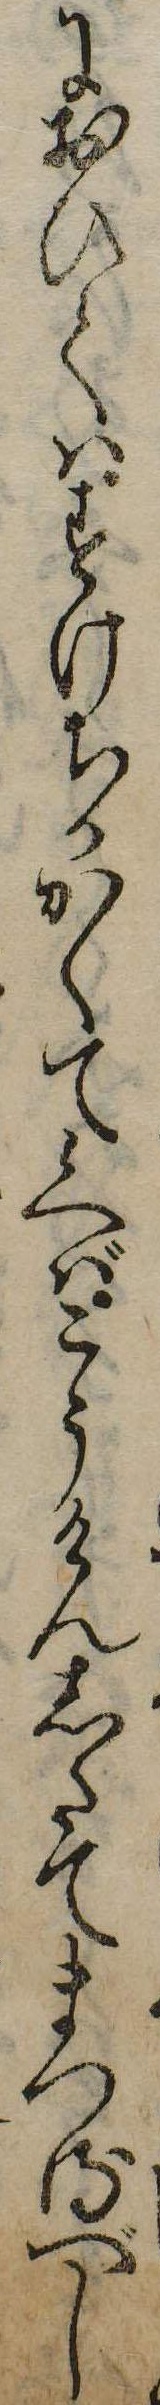
におひてはすけちかかくて候へばこうけんしたてまつるべし